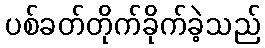
ပစ်ခတ်တိုက်ခိုက်ခဲ့သည်